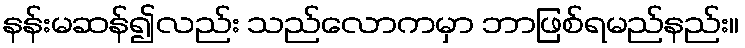
နန်းမဆန်၍လည်း သည်လောကမှာ ဘာဖြစ်ရမည်နည်း။